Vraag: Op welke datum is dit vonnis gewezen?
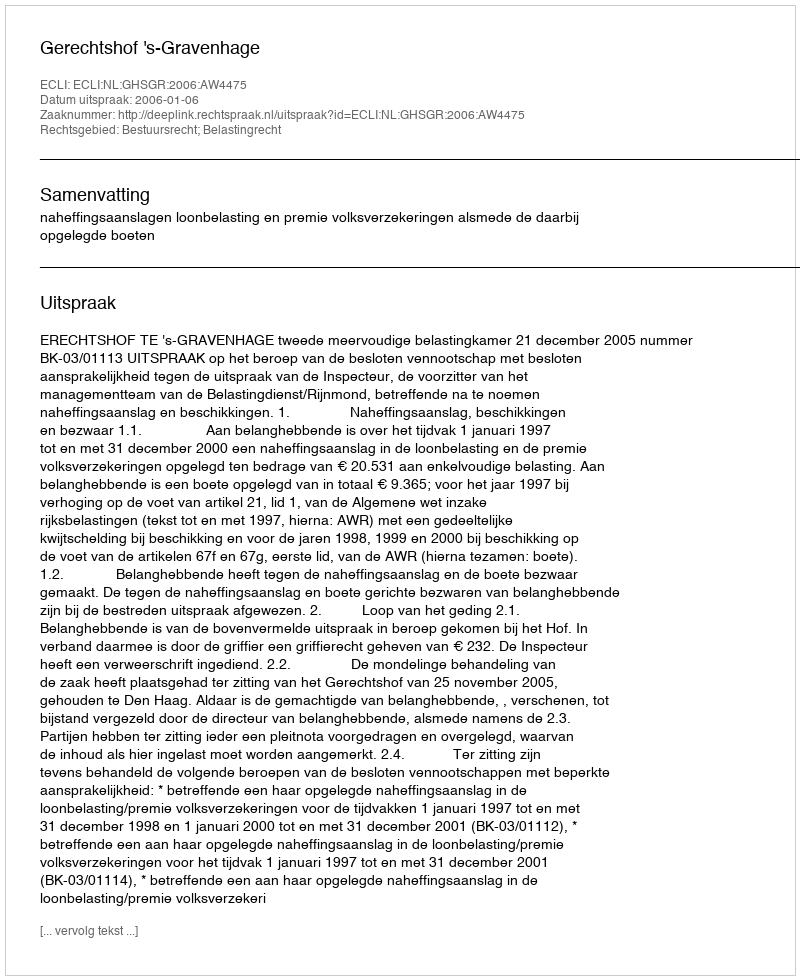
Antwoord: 2006-01-06